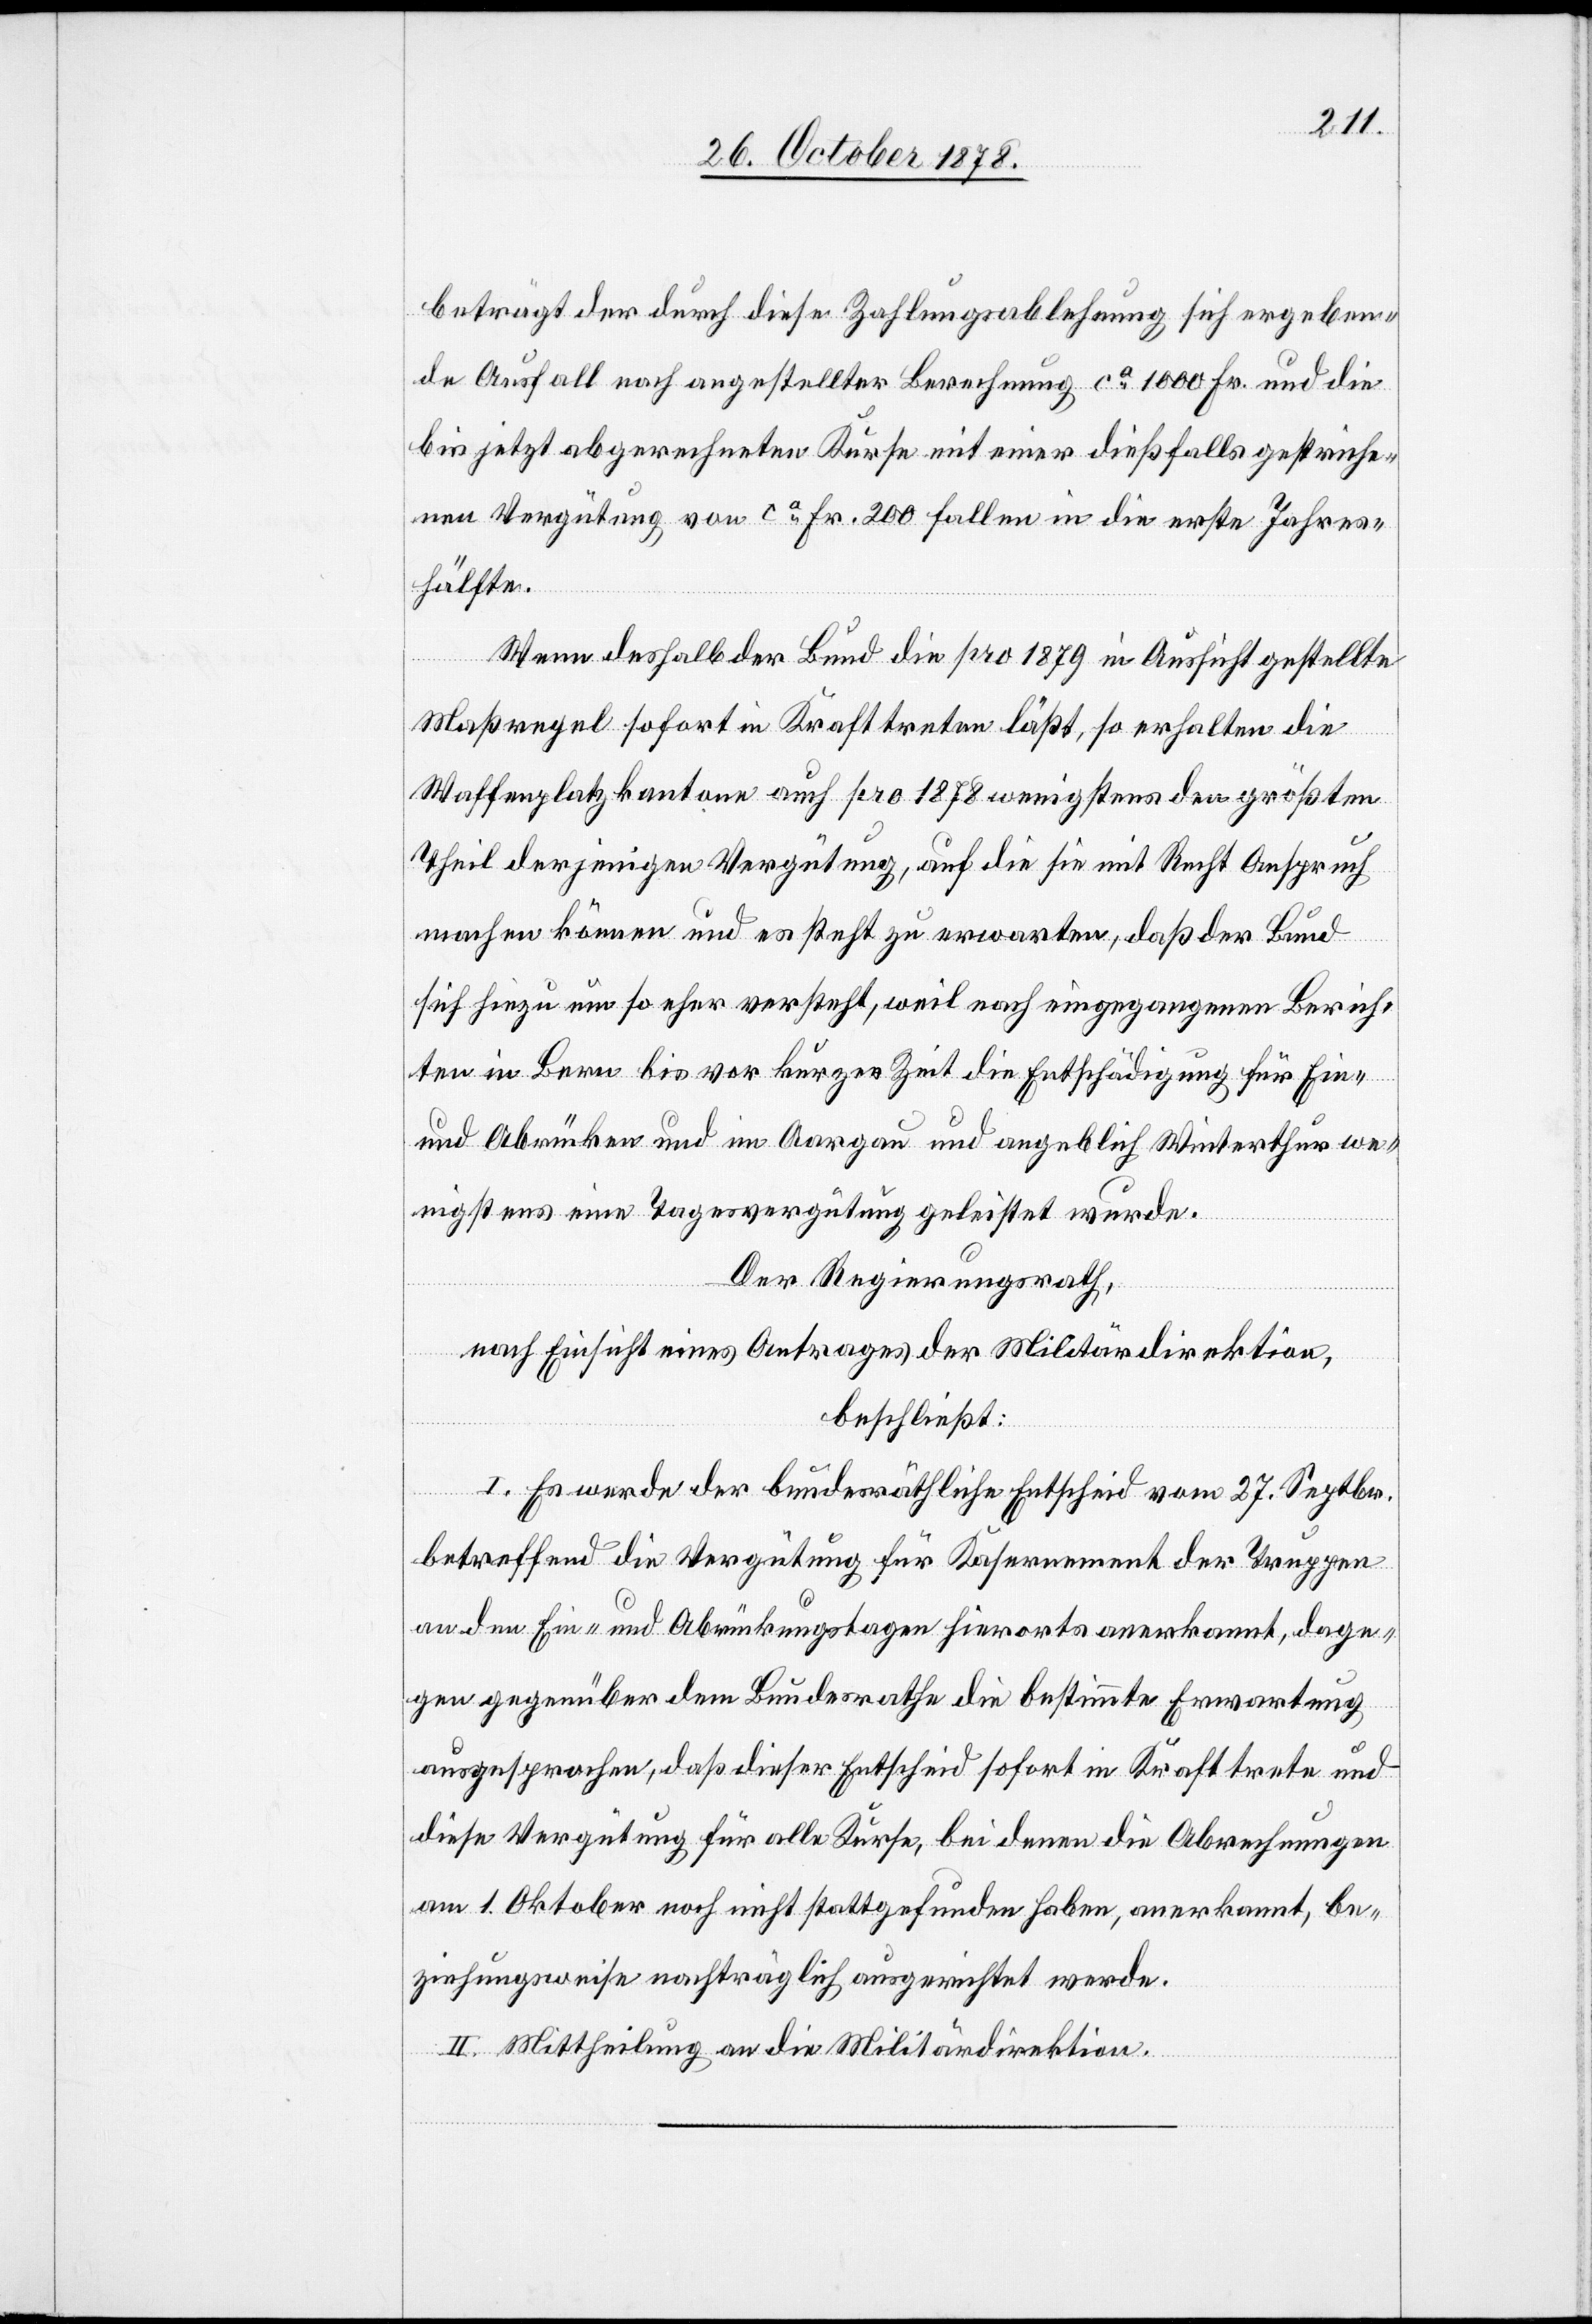
beträgt der durch diese Zahlungsablehnung sich ergeben¬
de Ausfall nach angestellter Berechnung ca 1000 Fr. und die
bis jetzt abgerechneten Kurse mit einer dießfalls gestriche¬
nen Vergütung von ca Fr. 200 fallen in die erste Jahres¬
hälfte.
Wenn deshalb der Bund die pro 1879 in Aussicht gestellte
Maßregel sofort in Kraft treten läßt, so erhalten die
Waffenplatzkantone auch pro 1878 wenigstens den größten
Theil derjenigen Vergütung, auf die sie mit Recht Anspruch
machen können und es steht zu erwarten, daß der Bund
sich hiezu um so eher versteht, weil nach eingegangenen Berich¬
ten in Bern bis vor kurzer Zeit die Entschädigung für Ein-
und Abrücken und im Ganzen und angeblich Winterthur we¬
nigstens eine Tagesvergütung geleistet wurde.
Der Regierungsrath,
nach Einsicht eines Antrages der Militärdirektion,
beschließt:
I. Es werde der bundesräthliche Entscheid vom 27. Septbr.
betreffend die Vergütung für Kasernement der Truppen
an den Ein- und Abrückungstagen hierorts anerkannt, dage¬
gen gegenüber dem Bundesrathe die bestimmte Erwartung
ausgesprochen, daß dieser Entscheid sofort in Kraft trete und
die Vergütung für alle Kurse, bei denen die Abrechnungen
am 1. Oktober noch nicht stattgefunden haben, anerkannt, be¬
ziehungsweise nachträglich ausgerichtet werde.
II. Mittheilung an die Militärdirektion.